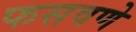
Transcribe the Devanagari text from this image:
फसवणे